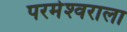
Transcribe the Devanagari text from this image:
परमेश्‍वराला